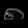
Digit: ၈